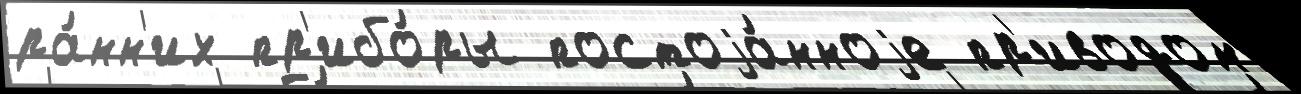
ра́нн'их пр'ибо́ры постоjа́нноjе пр'иводом